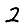
Digit: 2